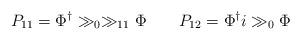
LaTeX: \begin{align*}P_{11} = \Phi^\dagger \gg_0 \gg_{11} \Phi \qquad P_{12} = \Phi^\dagger i\gg_0 \Phi \end{align*}